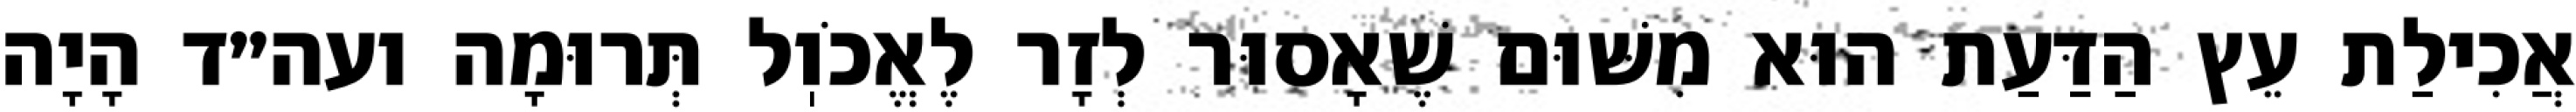
אֲכִילַת עֵץ הַדַּעַת הוּא מִשּׁוּם שֶׁאָסוּר לְזָר לֶאֱכֹוֽל תְּרוּמָה ועה״ד הָיָה